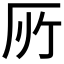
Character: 𠩄